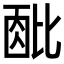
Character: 𬆹